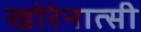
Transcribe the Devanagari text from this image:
खोरेनात्सी